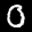
Label: 0